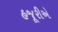
હજૂરીએ